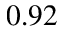
0 . 9 2